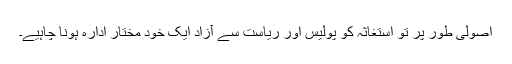
اصولی طور پر تو استغاثہ کو پولیس اور ریاست سے آزاد ایک خود مختار ادارہ ہونا چاہیے۔